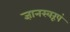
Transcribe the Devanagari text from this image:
ज्ञानस्वरूपं